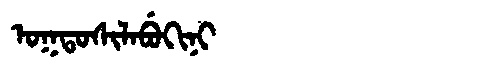
Manchu: ᠣᡴᡨᠣᠰᡳᠯᠠᠪᡠᡴᡳᠨᡳ
Romanization: OKTOSILABUKINI